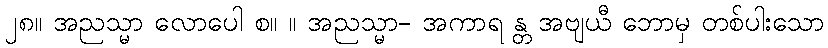
၂၈။ အညသ္မာ လောပေါ စ။ ။ အညသ္မာ- အကာရ န္တ အဗျယီ ဘောမှ တစ်ပါးသော